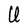
Character: U